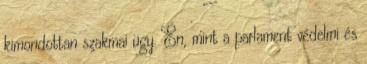
kimondottan szakmai ügy. Én, mint a parlament védelmi és